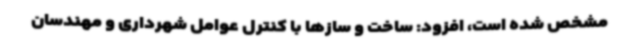
مشخص شده است، افزود: ساخت و سازها با کنترل عوامل شهرداری و مهندسان